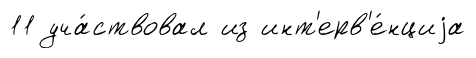
11 уча́ствовал из инт'ерв'е́нциjа